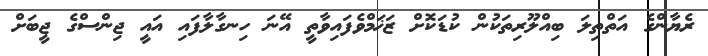
ރެޔާންގެ އަތްތިލަ ބިއްލޫރިތަކުން ކުޑަކޮށް ޒަޚަމްވެފައިވާތީ އޭނަ ހިނގާލާފައި އައީ ޖިންސްގެ ޖީބަށް